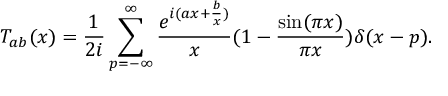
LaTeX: T _ { a b } ( x ) = { \frac { 1 } { 2 i } } \sum _ { p = - \infty } ^ { \infty } { \frac { e ^ { i ( a x + { \frac { b } { x } } ) } } { x } } ( 1 - { \frac { \sin ( \pi x ) } { \pi x } } ) \delta ( x - p ) .